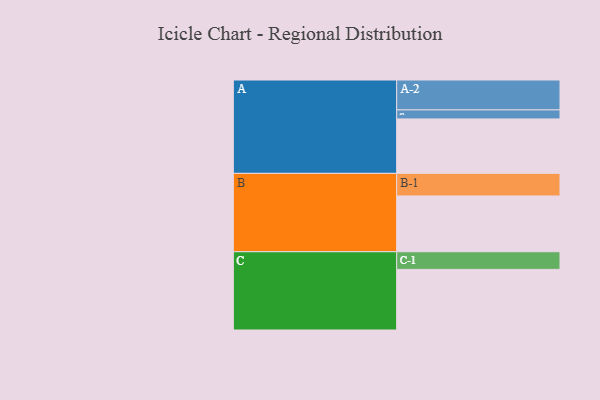
{"axis": {"x": "Segment", "y": "Value"}, "legend": ["", "A", "B", "C"], "data": [{"x": "A", "y": 537, "type": ""}, {"x": "B", "y": 550, "type": ""}, {"x": "C", "y": 598, "type": ""}, {"x": "A-1", "y": 89, "type": "A"}, {"x": "A-2", "y": 295, "type": "A"}, {"x": "B-1", "y": 223, "type": "B"}, {"x": "C-1", "y": 174, "type": "C"}]}